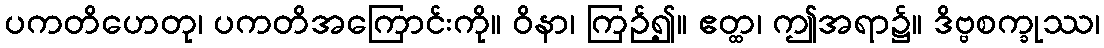
ပကတိဟေတု၊ ပကတိအကြောင်းကို။ ဝိနာ၊ ကြဉ်၍။ ဧတ္ထ၊ ဤအရာ၌။ ဒိဗ္ဗစက္ခုဿ၊